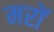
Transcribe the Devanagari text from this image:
मरों